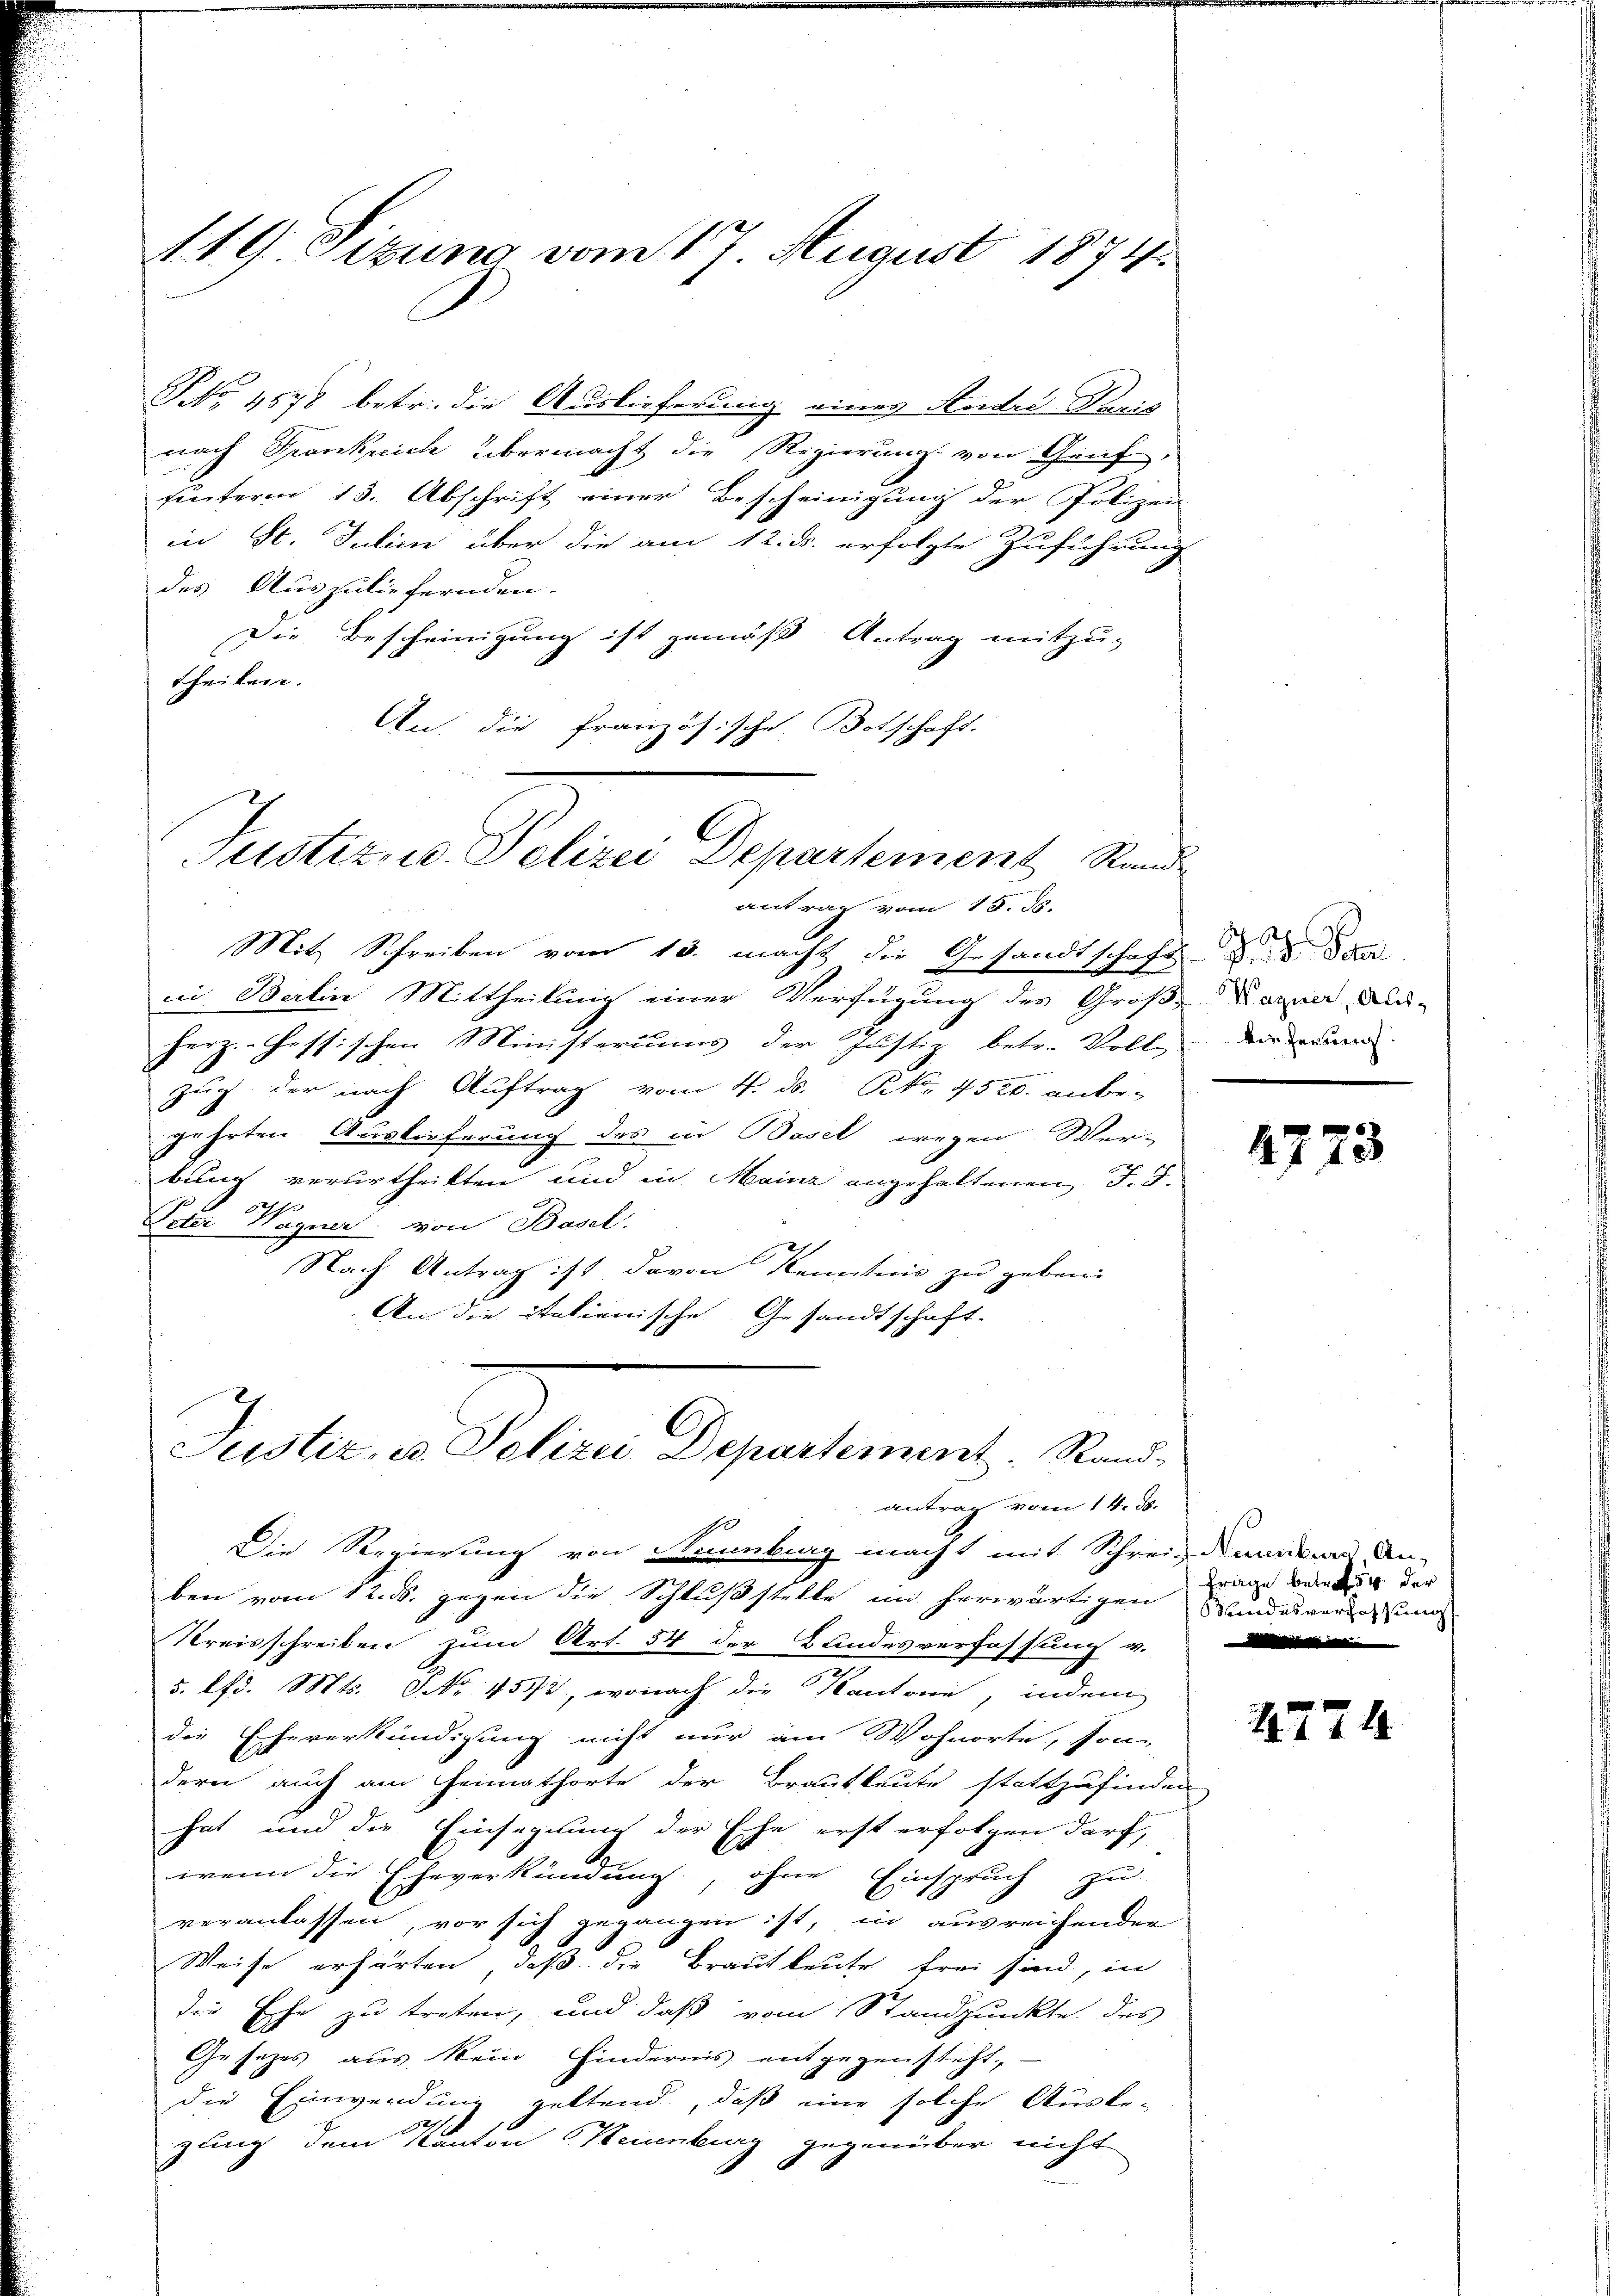
119. Sizung vom 17. August 1874.

NNo. 1578 betr. die Auslieferung eines Ander Paris
nach Frankreich übermacht die Regierung von Genf,
hinterm 15. Abschrift einer Bescheinigung der Polizei
in St. Julii über die am 12. ds. erfolgte Zuführung
des Auszuliefernden.
Die Bescheinigung ist gemäß Antrag mitzu-
theilen.
An die französische Botschaft.
antrag vom 15. ds.
Mit Schreiben vom 13. macht die Gesandtschaft u. dan
in Berlin Mittheilung einer Verfügung des Groß-Canne Adherz. Hessischen Ministeriums der Justiz betr. Voll-
Zug der nach Auftrag vom 4. ds. No. 4520. anbegehrten Auslieferung des in Basel wegen Wer-
bung verurtheilten und in Mainz angehaltenen d. d.
Peter Wagner: von Basel.
Nach Antrag ist davon Kenntnis zu geben:
An die stationische Gesandtschaft.
Juster, u. Polizei Departement. Rand-
antrag vom 14. ds.
Die Regierung von Numburg macht mit Schreinandere An-
ben vom 12. ds. gegen die Schlußstelle im herwärtigen
Kreisschreiben zum Art. 54 der Bundesverfassung v.
5. lfd. Mts. Nr. 4573, wonach die Kantone, indem
die Eheverkündigung nicht nur am Wohnorte, son-
dern auch am Heimathorte der Brautleute stattzufinden
hat und die Einsegnung der Ehe erst erfolgen darf,
wenn die Eheverkündung, ohne Einspruch zu
veranlassen, vor sich gegangen ist, in ausreichender
Weise erhärten, daß die Brautleute frei sind, in
die Ehe zu treten, und daß vom Standpunkte des
Gesetzes aus kein Hindernis entgegensteht.
die Einwendung geltend, daß eine solche Ausbe-
12
gung dem Kanton Keisenburg gegenüber nicht

Juction Seiner Genehment und

wieferung.

2773

Frage betref 54 der
oodesverfassung

2774